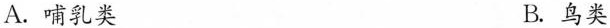
A.哺乳类 B.鸟类